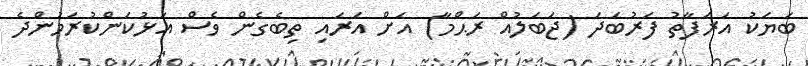
ބަޔަކު އަރަފާތު ފަރުބަދަ (ޖަބަލުއް ރަޙްމާ) އަށް އަރައި ތިބެގެން ވެސް އަޅުކަންކުރަމުންދެ